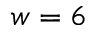
w = 6